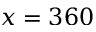
x = 3 6 0